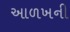
આળખની